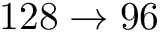
1 2 8 \to 9 6